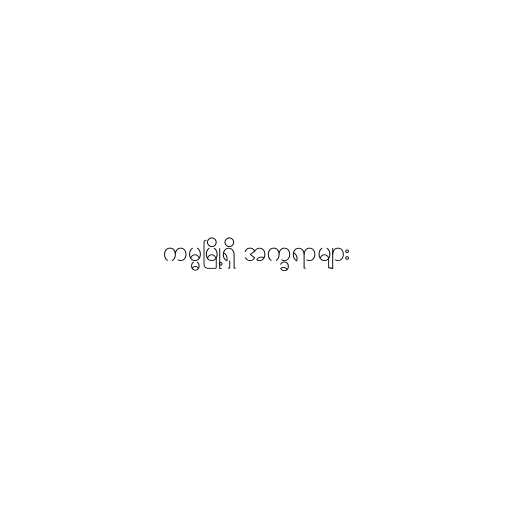
ကမ္မမြို့ရှိ အက္ခရာများ